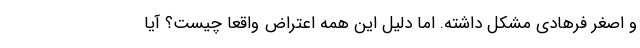
و اصغر فرهادی مشکل داشته. اما دلیل این همه اعتراض واقعا چیست؟ آیا